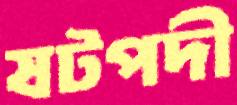
ষটপদী